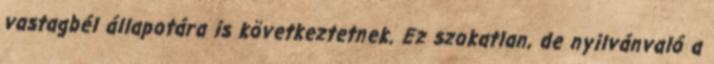
vastagbél állapotára is következtetnek. Ez szokatlan, de nyilvánvaló a